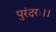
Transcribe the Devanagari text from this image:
पुरंदरः।।